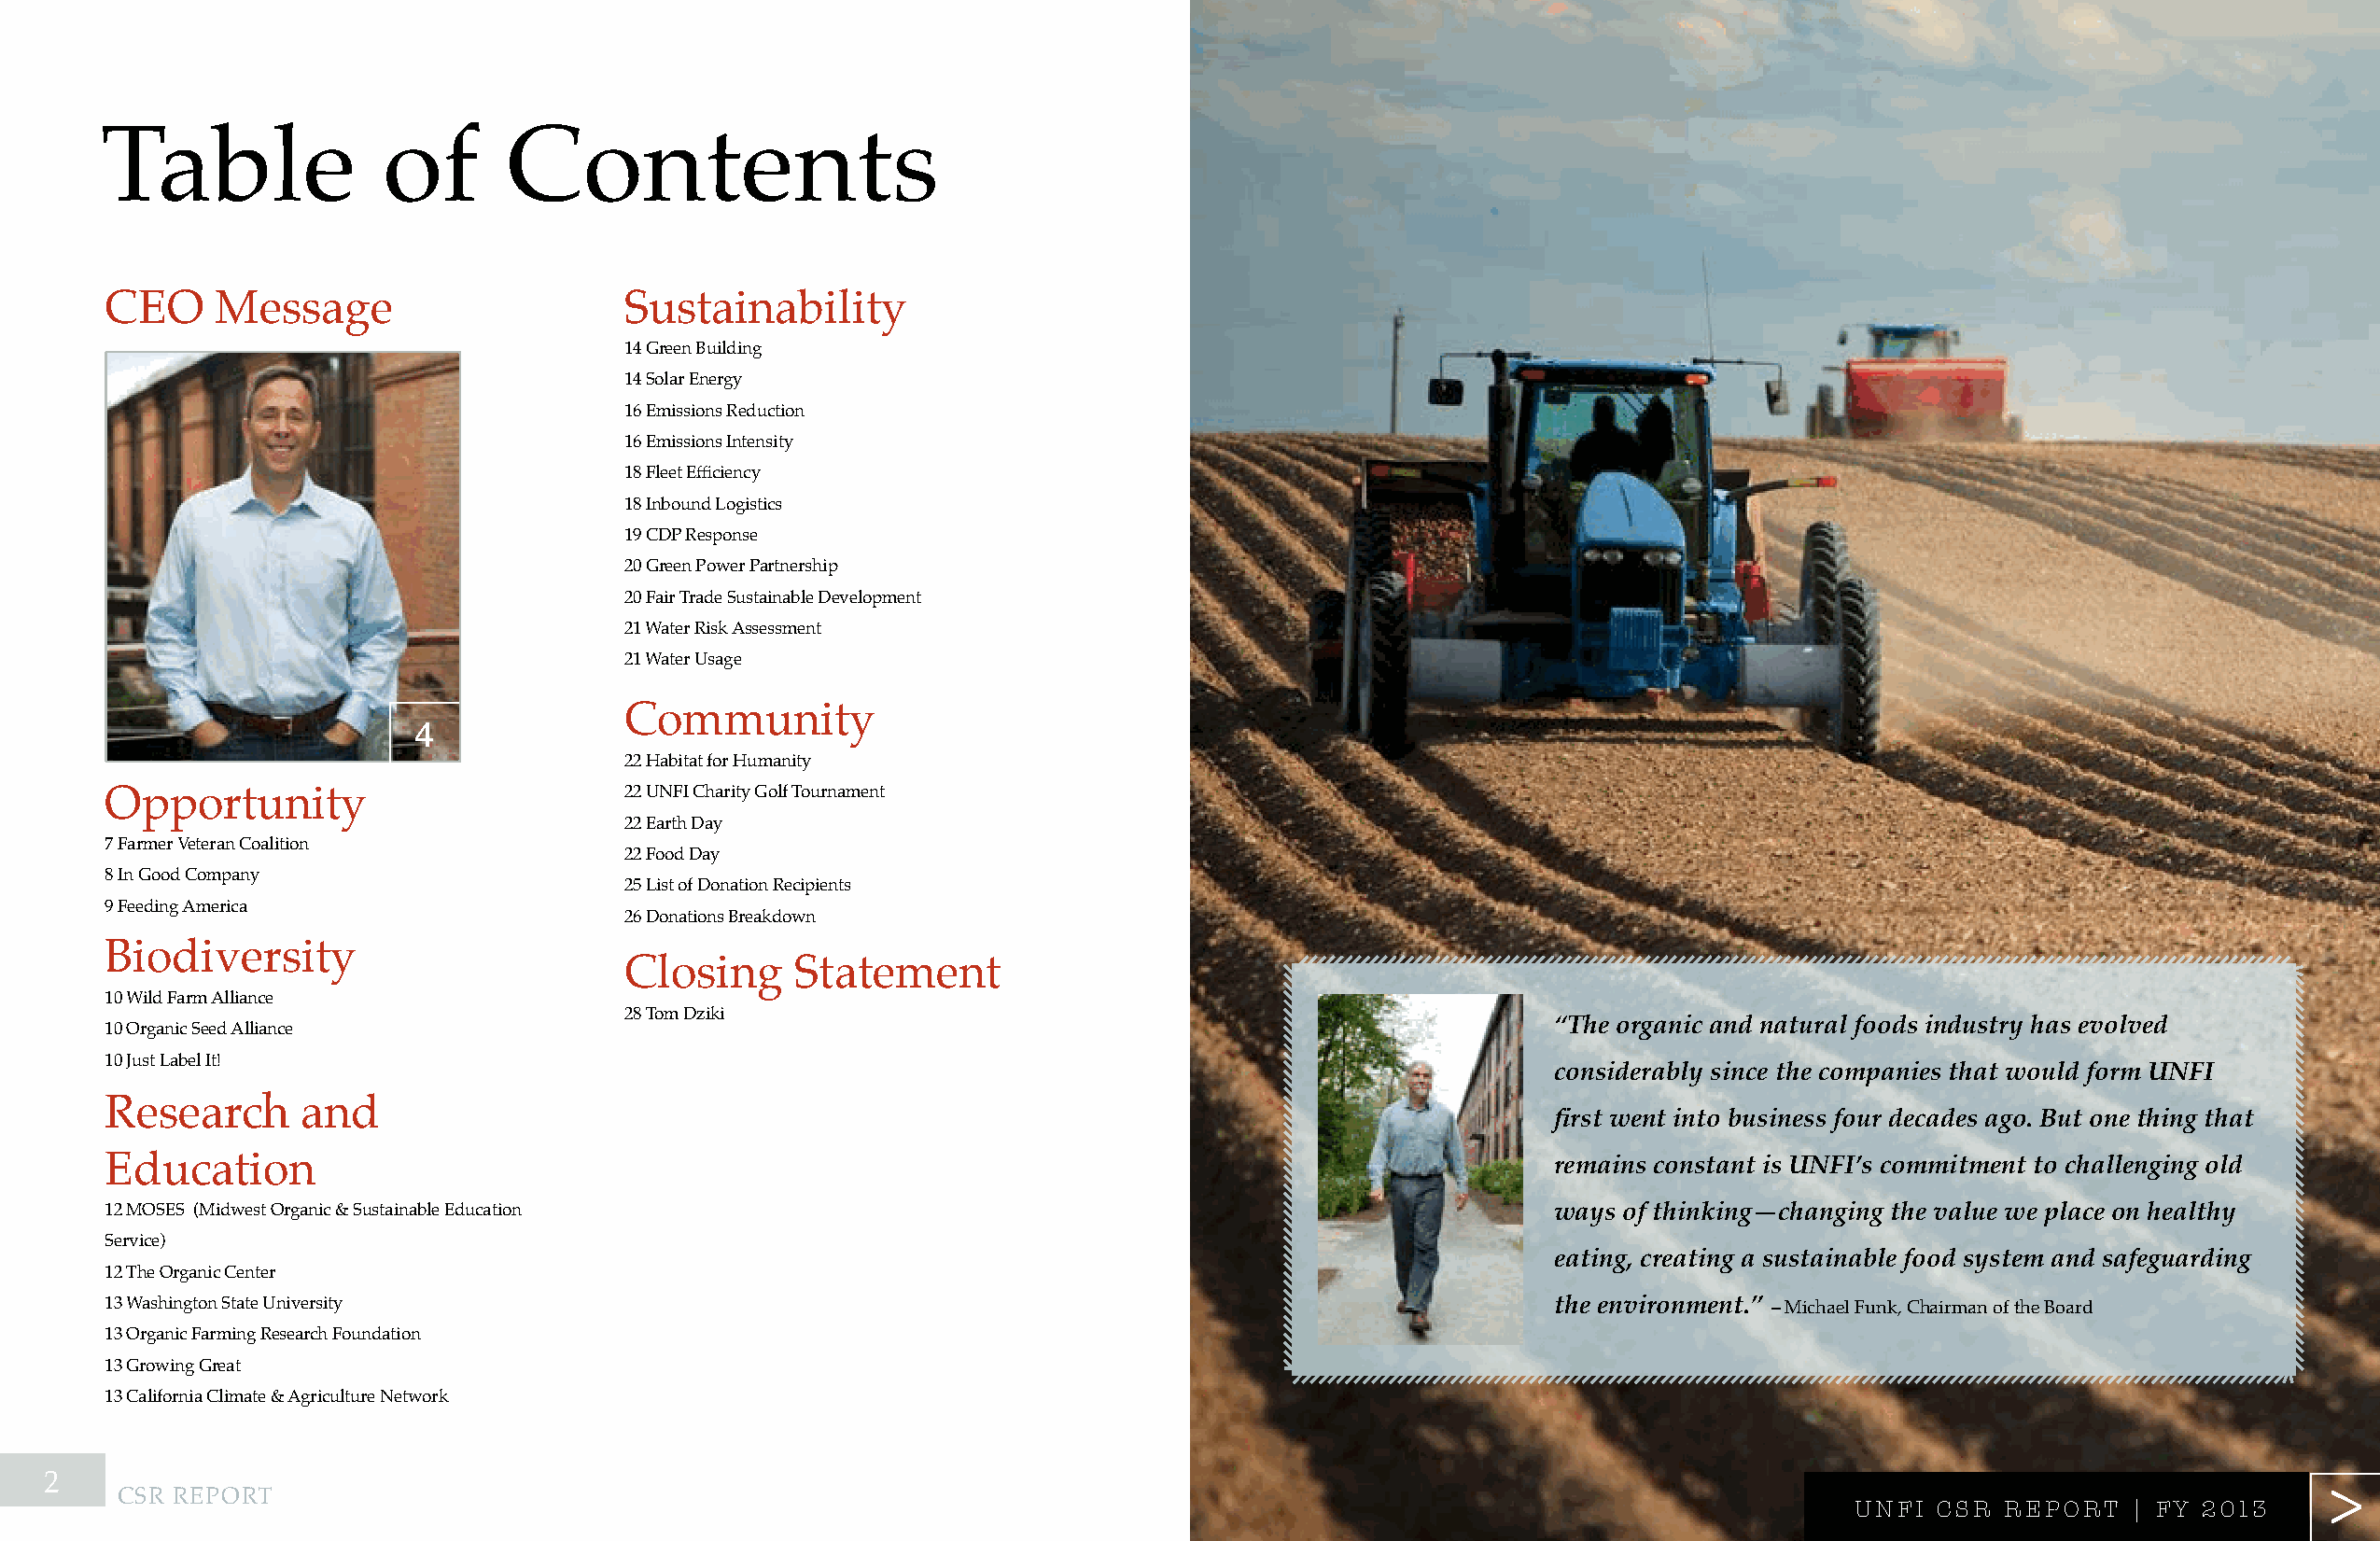
table               of       contents
 ceo     message                      sustainability
 14 green Building
 14 solar energy
 16 emissions reduction
 16 emissions intensity
 18 Fleet Efficiency
 18 inbound logistics
 19 cdp response
 20 green power partnership
 20 Fair trade sustainable development
 21 Water risk assessment
 21 Water usage
 community
 4
 22 habitat for humanity
 22 unFi charity golf tournament
 opportunity
 22 earth day
 7 Farmer veteran coalition
 22 Food day
 8 in good company
 25 list of donation recipients
 9 Feeding america
 26 donations Breakdown
 Biodiversity
 closing     statement
 10 Wild Farm alliance
 28 tom dziki
 10 organic seed alliance                                                                               “The organic and natural foods industry has evolved
 10 Just label it!
 considerably since the companies that would form UNFI
 research      and
 first went into business four decades ago. But one thing that
 education                                                                                              remains constant is UNFI’s commitment to challenging old
 12 moses (midwest organic & sustainable education                                                      ways of thinking—changing the value we place on healthy
 service)
 eating, creating a sustainable food system and safeguarding
 12 the organic center
 13 Washington state university                                                                         the environment.” – michael Funk, chairman of the Board
 13 organic Farming research Foundation
 13 growing great
 13 california climate & agriculture network
 2                                                                                                                                                                 >>>
 CSR REPORT
 UUNNFFII CCSSRR RReeppooRR tt || FFYY 22001133